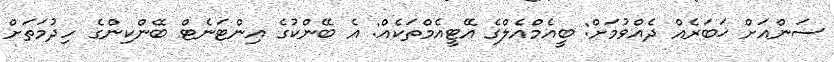
ސަންއަށް ޚަބަރެއް ދެއްވުމަށް: ބީއެމްއެލްގެ އޭޓީއެމްތަކެއް: އެ ބޭންކުގެ އިންޓަނެޓް ބޭންކިންގެ ހިދުމަތަށް